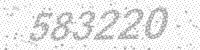
Solution: 583220